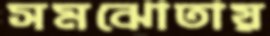
সমঝোতায়